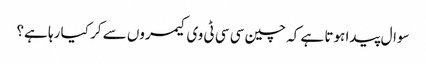
سوال پیدا ہوتا ہے کہ چین سی سی ٹی وی کیمروں سے کر کیا رہا ہے؟